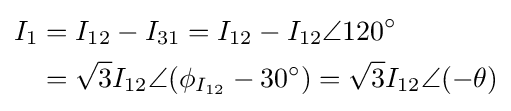
{\begin{aligned}I_{1}&=I_{12}-I_{31}=I_{12}-I_{12}\angle 120^{\circ }\\&={\sqrt {3}}I_{12}\angle (\phi _{I_{12}}-30^{\circ })={\sqrt {3}}I_{12}\angle (-\theta )\end{aligned}}